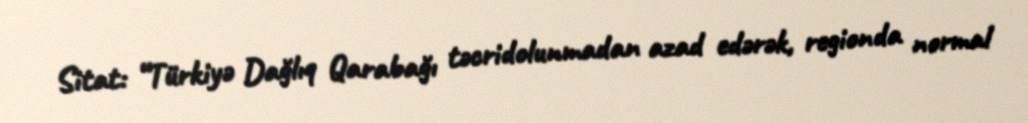
Sitat: “Türkiyə Dağlıq Qarabağı təcridolunmadan azad edərək, regionda normal